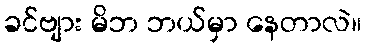
ခင်ဗျား မိဘ ဘယ်မှာ နေတာလဲ။